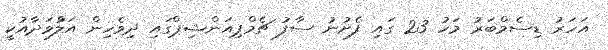
އަހަރު ޑިސެމްބަރު މަހު 23 ގައި ފެށުނު ސާފު ޗެމްޕިއަންޝިޕްގައި ދިވެހިން އަލްުވަދާއުކީ